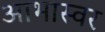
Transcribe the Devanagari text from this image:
आभास्वर